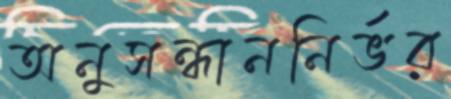
অনুসন্ধাননির্ভর